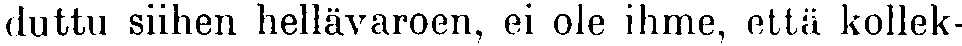
duttu siihen hellävaroen, ei ole ihme, että kollek-